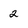
Character: 2